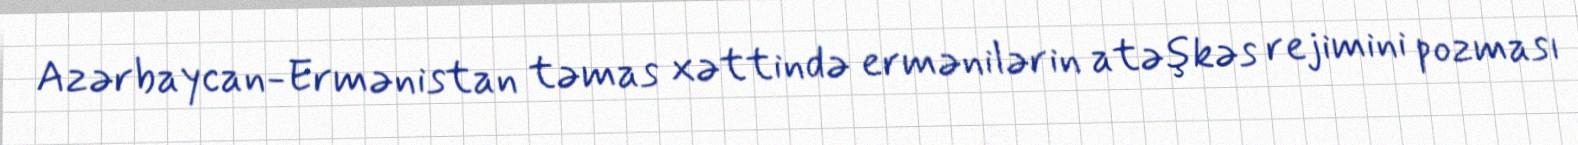
Azərbaycan-Ermənistan təmas xəttində ermənilərin atəşkəs rejimini pozması